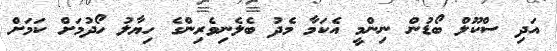
އަދި ސްކޫލް ބޯޑުން ނިންމީ އެކަމާ މެދު ބެލެނިވެރިންގެ ހިޔާލު ހޯދުމަށް ކަމަށް